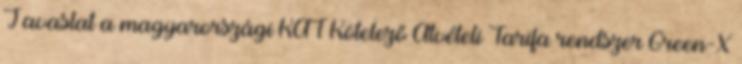
Javaslat a magyarországi KÁT Kötelező Átvételi Tarifa rendszer Green-X